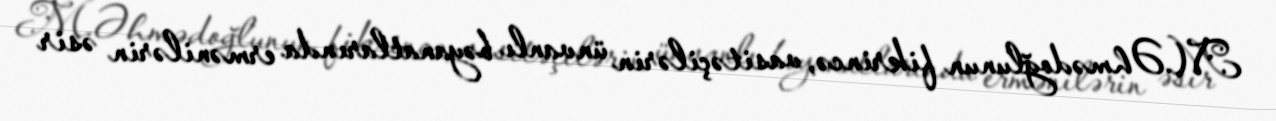
M.Əhmədoğlunun fikrincə, vasitəçilərin ünvanlı bəyanatlarında ermənilərin əsir